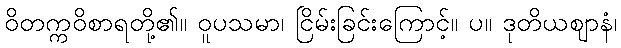
ဝိတက္ကဝိစာရတို့၏။ ဝူပသမာ၊ ငြိမ်းခြင်းကြောင့်။ ပ။ ဒုတိယဈာနံ၊